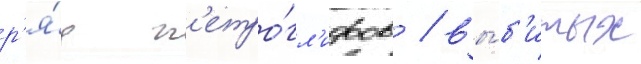
р'я́д п'етро́гл'ифов / вы́б'итых